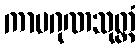
ကာမဂုဏသုတ္တံ